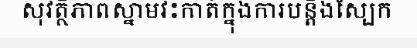
សុវត្ថិភាពស្នាមវះកាត់ក្នុងការបន្តឹងស្បែក